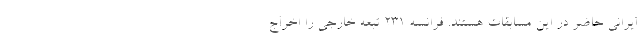
ایرانی حاضر در این مسابقات هستند. فرانسه 231 تبعه خارجی را اخراج